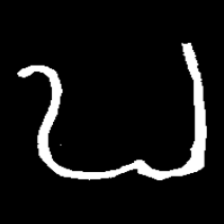
Pyu character \u2014 Myanmar letter: ဎ (romanized: ddha)